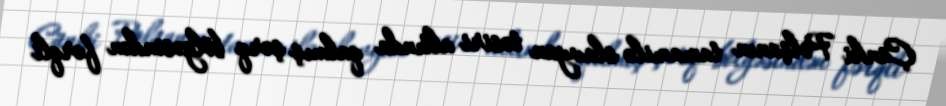
Çünki Polşanın tamamilə slavyan təsiri altında qalmış şərq bölgəsindən fərqli